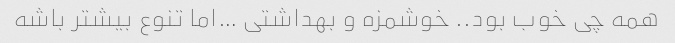
همه چی خوب بود.. خوشمزه و بهداشتی …اما تنوع بیشتر باشه